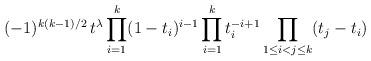
LaTeX: \begin{align*}(-1)^{k(k-1)/2}\,t^\lambda \prod_{i=1}^k (1-t_i)^{i-1}\prod_{i=1}^k t_i^{-i+1}\prod_{1\leq i<j\leq k}(t_j - t_i)\end{align*}